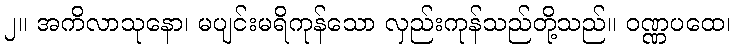
၂။ အကိလာသုနော၊ မပျင်းမရိကုန်သော လှည်းကုန်သည်တို့သည်။ ဝဏ္ဏပထေ၊